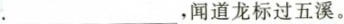
. ___，闻道龙标过五溪。